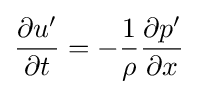
{\frac {\partial u'}{\partial t}}=-{\frac {1}{\rho }}{\frac {\partial p'}{\partial x}}